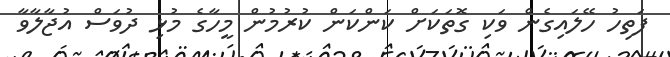
ފަތިހު ހޭލައިގެން ވަކި ގޮތަކަށް ކަންކަން ކުރުމުން މީހާގެ މުޅި ދުވަސް އުޖާލާވާ